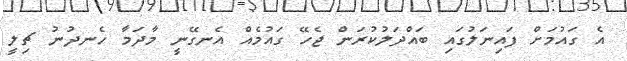
އެ ގައުމަށް ފައިނަލުގައި ބައްދަލުކުރަން ޖެހޭ ގައުމެއް އެނގޭނީ މާދަމާ ހެނދުނު ޗިލީ